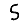
Digit: 5